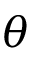
\theta